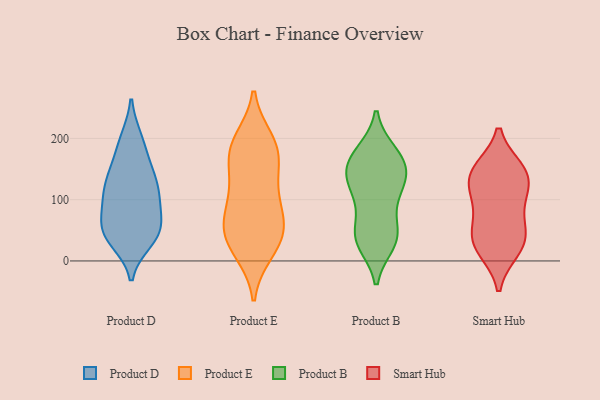
{"axis": {"x": "Operating Costs (USD K)", "y": "Value"}, "legend": ["Product B", "Product D", "Product E", "Smart Hub"], "data": [{"x": "", "y": 116, "type": "Product D"}, {"x": "", "y": 54, "type": "Product D"}, {"x": "", "y": 40, "type": "Product D"}, {"x": "", "y": 33, "type": "Product D"}, {"x": "", "y": 118, "type": "Product D"}, {"x": "", "y": 143, "type": "Product D"}, {"x": "", "y": 198, "type": "Product D"}, {"x": "", "y": 96, "type": "Product D"}, {"x": "", "y": 41, "type": "Product D"}, {"x": "", "y": 199, "type": "Product D"}, {"x": "", "y": 85, "type": "Product D"}, {"x": "", "y": 126, "type": "Product D"}, {"x": "", "y": 101, "type": "Product D"}, {"x": "", "y": 146, "type": "Product D"}, {"x": "", "y": 170, "type": "Product D"}, {"x": "", "y": 50, "type": "Product D"}, {"x": "", "y": 44, "type": "Product D"}, {"x": "", "y": 65, "type": "Product D"}, {"x": "", "y": 52, "type": "Product E"}, {"x": "", "y": 89, "type": "Product E"}, {"x": "", "y": 181, "type": "Product E"}, {"x": "", "y": 17, "type": "Product E"}, {"x": "", "y": 42, "type": "Product E"}, {"x": "", "y": 116, "type": "Product E"}, {"x": "", "y": 41, "type": "Product E"}, {"x": "", "y": 197, "type": "Product E"}, {"x": "", "y": 63, "type": "Product E"}, {"x": "", "y": 194, "type": "Product E"}, {"x": "", "y": 15, "type": "Product E"}, {"x": "", "y": 179, "type": "Product E"}, {"x": "", "y": 168, "type": "Product E"}, {"x": "", "y": 145, "type": "Product E"}, {"x": "", "y": 109, "type": "Product E"}, {"x": "", "y": 62, "type": "Product E"}, {"x": "", "y": 45, "type": "Product B"}, {"x": "", "y": 159, "type": "Product B"}, {"x": "", "y": 176, "type": "Product B"}, {"x": "", "y": 111, "type": "Product B"}, {"x": "", "y": 146, "type": "Product B"}, {"x": "", "y": 136, "type": "Product B"}, {"x": "", "y": 40, "type": "Product B"}, {"x": "", "y": 30, "type": "Product B"}, {"x": "", "y": 176, "type": "Product B"}, {"x": "", "y": 39, "type": "Product B"}, {"x": "", "y": 161, "type": "Product B"}, {"x": "", "y": 95, "type": "Product B"}, {"x": "", "y": 37, "type": "Product B"}, {"x": "", "y": 143, "type": "Product B"}, {"x": "", "y": 115, "type": "Product B"}, {"x": "", "y": 149, "type": "Smart Hub"}, {"x": "", "y": 48, "type": "Smart Hub"}, {"x": "", "y": 135, "type": "Smart Hub"}, {"x": "", "y": 104, "type": "Smart Hub"}, {"x": "", "y": 149, "type": "Smart Hub"}, {"x": "", "y": 18, "type": "Smart Hub"}, {"x": "", "y": 35, "type": "Smart Hub"}, {"x": "", "y": 19, "type": "Smart Hub"}, {"x": "", "y": 145, "type": "Smart Hub"}, {"x": "", "y": 118, "type": "Smart Hub"}, {"x": "", "y": 86, "type": "Smart Hub"}, {"x": "", "y": 48, "type": "Smart Hub"}]}